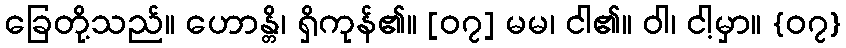
ခြေတို့သည်။ ဟောန္တိ၊ ရှိကုန်၏။ [၀၇] မမ၊ ငါ၏။ ဝါ၊ ငါ့မှာ။ {၀၇}